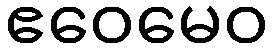
ဧဝေမေဝ